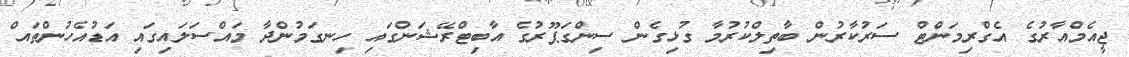
ޖީއެމްއާރުގެ އެގްރިމަންޓް ސަރުކާރުން ބާތިލްކުރުމާ ގުޅިގެން ސިންގަޕޫރުގެ އާބިޓްރޭޝަންގައި ހިނގަމުންދާ މައްސަލައިގައި އަޑުއެހުންތައް